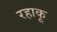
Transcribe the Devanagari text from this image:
रहाकू